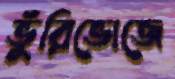
ভুঁরিভোজে